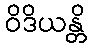
ဝိဒိယန္တိ